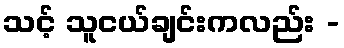
သင့် သူငယ်ချင်းကလည်း -